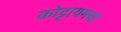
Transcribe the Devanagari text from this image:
कोट्टायमचा